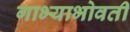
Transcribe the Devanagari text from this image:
गाभ्याभोवती